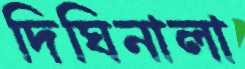
দিঘিনালা